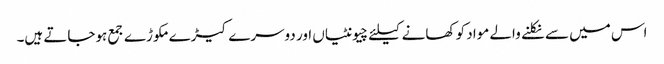
اس میں سے نکلنے والے مواد کو کھانے کیلئے چیونٹیاں اور دوسرے کیڑے مکوڑے جمع ہوجاتے ہیں۔